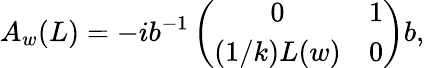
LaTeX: A_{w}(L)=-ib^{-1}\left(\begin{array}{cc}{{0}}&{{1}}\\ {{(1/k)L(w)}}&{{0}}\end{array}\right)b,